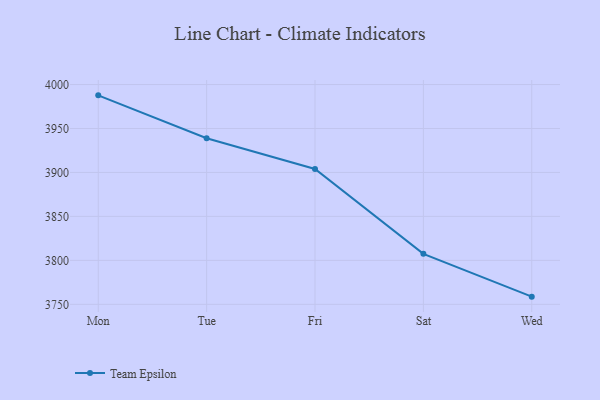
{"axis": {"x": "Day", "y": "LTV (USD)"}, "legend": ["Team Epsilon"], "data": [{"x": "Mon", "y": 3987.7, "type": "Team Epsilon"}, {"x": "Tue", "y": 3938.9, "type": "Team Epsilon"}, {"x": "Fri", "y": 3903.9, "type": "Team Epsilon"}, {"x": "Sat", "y": 3807.4, "type": "Team Epsilon"}, {"x": "Wed", "y": 3758.7, "type": "Team Epsilon"}]}